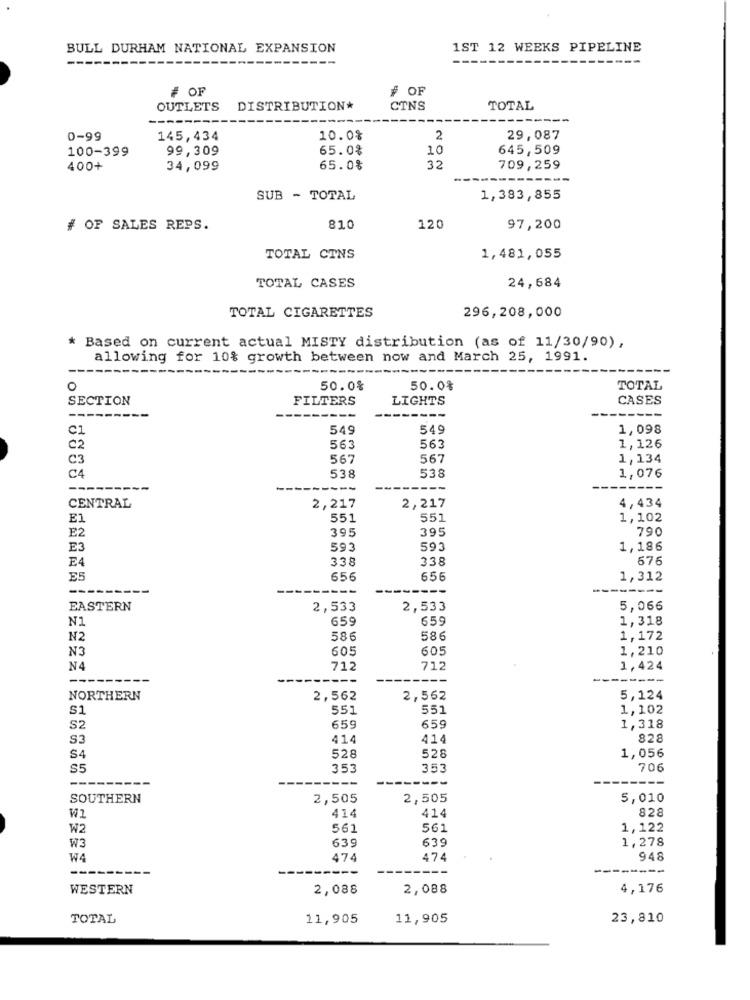
BULL DURHAM NATIONAL EXPANSION
1ST 12 WEEKS PIPELINE
# OF
# OF
OUTLETS
DISTRIBUTION*
CTNS
TOTAL
0-99
145,434
10.0%
2
29,087
100-399
99,309
65.0%
10
645,509
400+
34,099
65.0%
32
709,259
SUB - TOTAL
1,383,855
# OF SALES REPS.
810
120
97,200
TOTAL CINS
1,481,055
TOTAL CASES
24,684
296,208,000
TOTAL CIGARETTES
* Based on current actual MISTY distribution (as of 11/30/90),
allowing for 10% growth between now and March 25, 1991.
----
0
50.0%
50.0%
TOTAL
SECTION
FILTERS
LIGHTS
CASES
------
--------
C1
549
549
1,098
C2
563
563
1,126
C3
567
567
1,134
538
538
C4
1,076
---
CENTRAL
2,217
2,217
4,434
E1
551
551
1,102
E2
395
395
790
E3
593
593
1,186
338
338
576
E4
E5
656
656
1,312
--
EASTERN
2,533
2,533
5,066
N1
659
659
1,318
N2
586
586
1,172
N3
605
605
1,210
N4
712
712
1,424
--
NORTHERN
2,562
2,562
5,124
S1
551
551
1,102
S2
659
659
1,318
S3
414
41.
828
S4
528
528
1,056
S5
353
353
706
---
----
---
SOUTHERN
2,505
2,505
5,010
414
414
828
W1
W2
561
561
1,122
639
639
1,278
W3
W4
474
474
948
----
-------
WESTERN
2,088
2,088
4,176
TOTAL
11,905
11,905
23,810